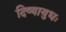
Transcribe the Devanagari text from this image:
दिव्यायुधः